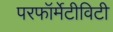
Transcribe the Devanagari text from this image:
परफॉर्मेटीविटी